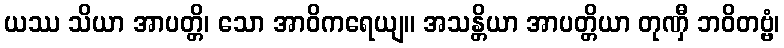
ယဿ သိယာ အာပတ္တိ၊ သော အာဝိကရေယျ။ အသန္တိယာ အာပတ္တိယာ တုဏှီ ဘဝိတဗ္ဗံ၊